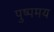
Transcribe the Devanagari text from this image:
पुष्पमय